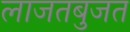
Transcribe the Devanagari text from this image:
लाजतबुजत